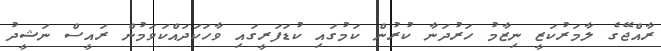
ރާއްޖޭގެ ލާމަރުކަޒީ ނިޒާމު ހަރުދަނާ ކުރުން ކަމުގައި ކުޑަފަރީގައި ވާހަކަދައްކަވަމުން ރައީސް ނަޝީދު